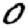
Digit: 0